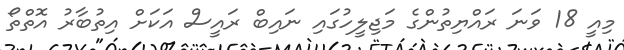
މިއީ 18 ވަނަ ރައްޔިތުންގެ މަޖިލީހުގައި ނައިބް ރައީސް އަކަށް އިތުބާރު އޮތްތޯ